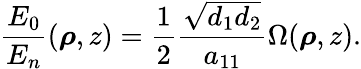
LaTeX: \frac{E_{0}}{E_{n}}(\boldsymbol{\rho},z)=\frac{1}{2}\frac{\sqrt{d_{1}d_{2}}}{a_{11}}\Omega(\boldsymbol{\rho},z).